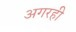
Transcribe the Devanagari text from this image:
अगरही